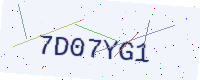
Text: 7D07YG1